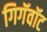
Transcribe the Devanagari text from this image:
गिगॅवॉट